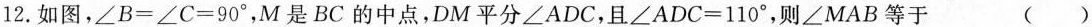
12.如图，\angle B=\angle C=90^{\circ}，M是BC的中点，DM平分\angle ADC，且\angle ADC=110^{\circ}，则\angle MAB等于 ( )